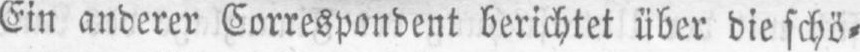
Ein anderer Correspondent berichtet über die schö⸗